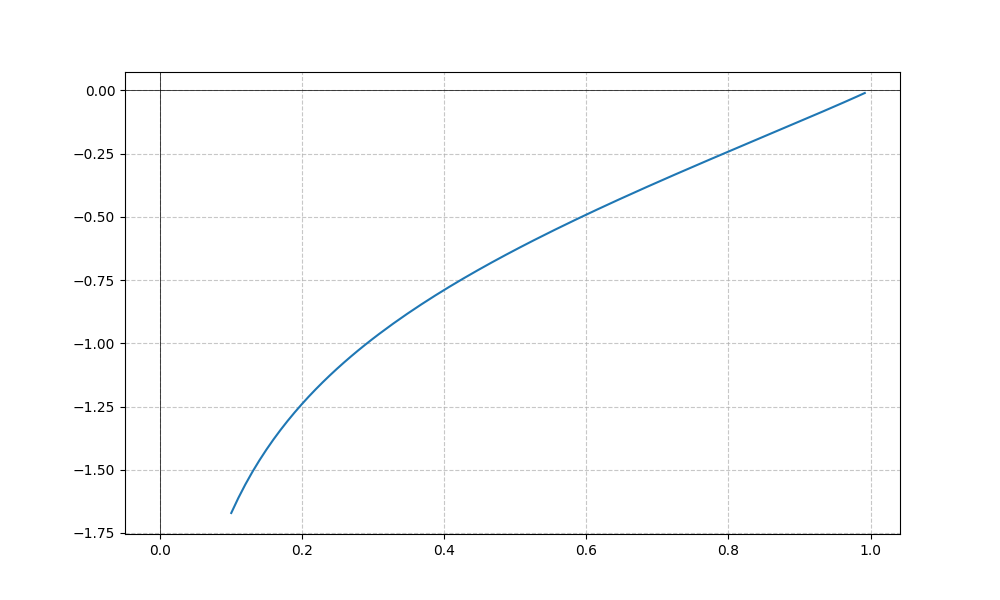
LaTeX formula: \frac{\log{\left(x \right)} \operatorname{acos}{\left(- x \right)}}{\log{\left(10 \right)}}